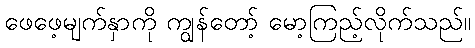
ဖေဖေ့မျက်နှာကို ကျွန်တော့် မော့ကြည့်လိုက်သည်။